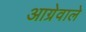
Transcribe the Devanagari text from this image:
आग्रेवाले